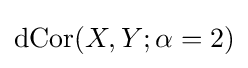
\operatorname {dCor} (X,Y;\alpha =2)